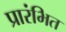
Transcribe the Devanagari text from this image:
प्रारंभित